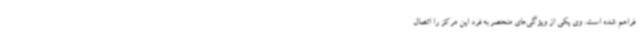
فراهم شده است. وی یکی از ویژگی‌های منحصر به فرد این مرکز را اتصال